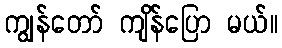
ကျွန်တော် ကျိန်ပြော မယ်။